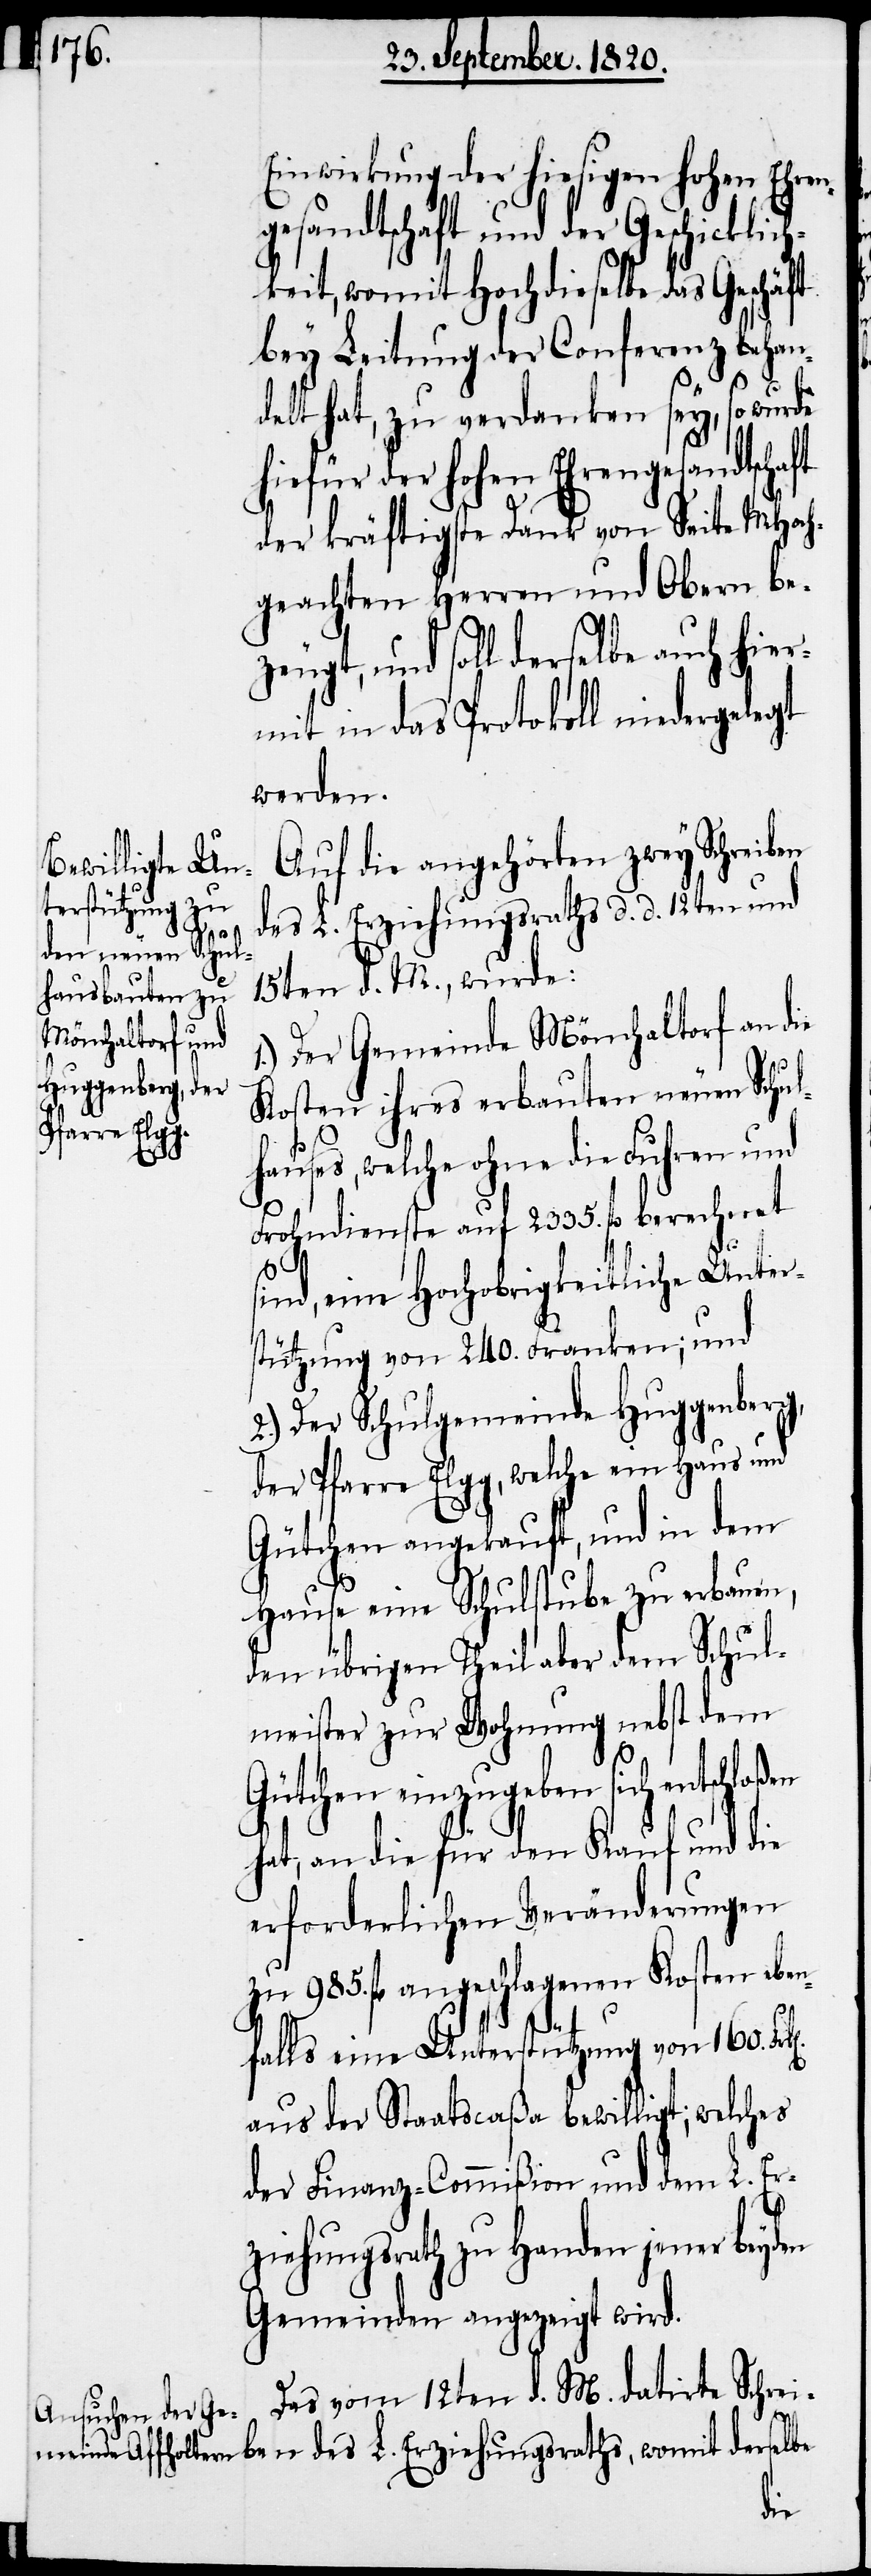
Einwirkung der hiesigen hohen Ehren¬
gesandtschaft und der Geschicklich¬
keit, womit Hochdieselbe das Geschäft
bey Leitung der Conferenz behan¬
delt hat, zu verdanken sey, so wurde
hiefür der hohen Ehrengesandtscha¬
der kräftigste Dank von Seite MHoch¬
geachten Herren und Obern be¬
zeugt, und soll derselbe auch hier¬
mit in das Protokoll niedergelegt
werden.
Auf die angehörten zwey Schreiben
des L. Erziehungsraths d. d. 12ten und
15ten d. M., wurde:
Der Gemeinde Mönchaltorf an die
Kosten ihres erbauten neuen Schul¬
hauses, welche ohne die Fuhren und
Frohndienste auf 2335. fl berechnet
sind, eine Hochobrigkeitliche Unter¬
stützung von 240. Franken; und
2.) Der Schulgemeinde Huggenberg,
der Pfarre Elgg, welche ein Haus und
Gütchen angekauft, und in dem
Hause eine Schulstube zu erbauen,
den übrigen Theil aber dem Schul¬
meister zur Wohnung nebst dem
Gütchen einzugeben sich entschloß¬
hat, an die für den Kauf und die
erforderlichen Veränderungen
zu 985. fl angeschlagenen Kosten eben¬
falls eine Unterstützung von 160.
aus der Staatscaßa bewilligt; welches
der Finanz-Commißion und dem L. Er¬
ziehungsrath zu Handen jener beyden
Gemeinden angezeigt wird.
Das vom 12ten d. M. datirte Schrei¬
ft
ben des L. Erziehungsraths, womit derselbe
en